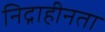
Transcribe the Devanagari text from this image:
निद्राहीनता